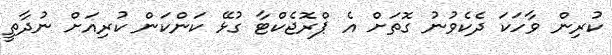
ކުރިން ވާހަކަ ދެކެވުނު ގޮތަށް އެ ޕްރޮޖެކްޓާ ގުޅޭ ކަންކަން ކުރިއަށް ނުދާތީ